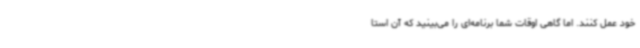
خود عمل کنند. اما گاهی اوقات شما برنامه‌ای را می‌بینید که آن استا